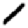
Digit: 1